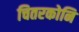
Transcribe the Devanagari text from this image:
चितरकोनि